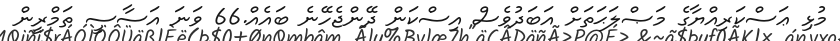
މުޅި ޢަސްކަރިއްޔާގެ މަޞްލަޙަތަށް އަބަދުވެސް އިސްކަން ދޭންޖެހޭނެ ބައެއް.66 ވަނަ އަސާސީ ތަމްރީން